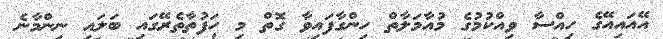
އޭއައިއޭގެ ހިއްސާ ވިއްކުމުގެ މުއާމަލާތް ހިންގާފައިވާ ގޮތް މި ހަފުތާތެރޭގައި ބަލައި ނިންމާނެ